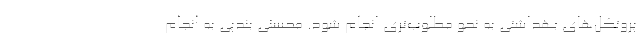
پروتکل‌های بهداشتی به نحو مطلوب‌تری انجام شود. محسنی بندپی به انجام